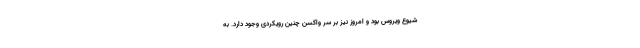
شیوع ویروس بود و امروز نیز بر سر واکسن چنین رویکردی وجود دارد. به